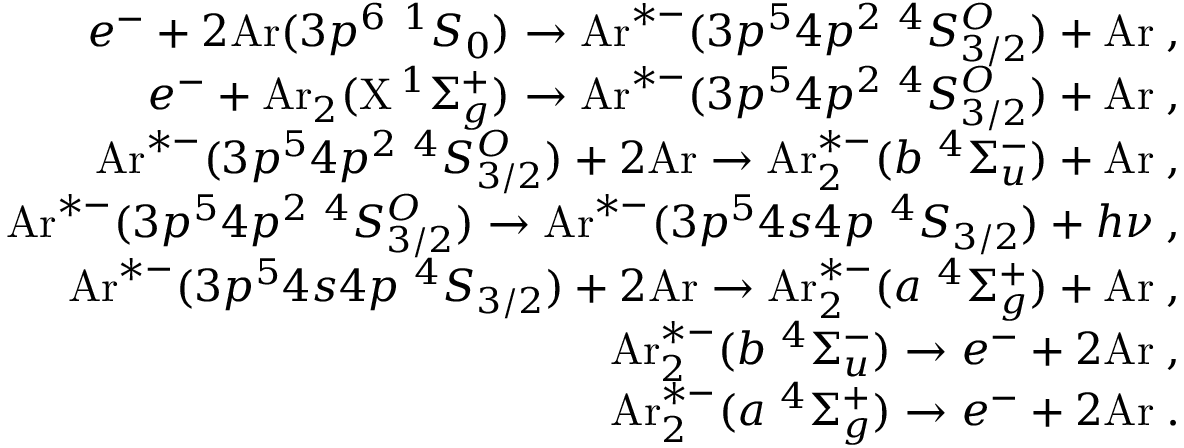
\begin{array} { r } { e ^ { - } + 2 \mathrm { A r } ( 3 p ^ { 6 } \ ^ { 1 } S _ { 0 } ) \rightarrow \mathrm { A r } ^ { * - } ( 3 p ^ { 5 } 4 p ^ { 2 } \ ^ { 4 } S _ { 3 / 2 } ^ { O } ) + \mathrm { A r } \; , } \\ { e ^ { - } + \mathrm { A r } _ { 2 } ( \mathrm { X } \, ^ { 1 } \Sigma _ { g } ^ { + } ) \rightarrow \mathrm { A r } ^ { * - } ( 3 p ^ { 5 } 4 p ^ { 2 } \ ^ { 4 } S _ { 3 / 2 } ^ { O } ) + \mathrm { A r } \; , } \\ { \mathrm { A r } ^ { * - } ( 3 p ^ { 5 } 4 p ^ { 2 } \ ^ { 4 } S _ { 3 / 2 } ^ { O } ) + 2 \mathrm { A r } \rightarrow \mathrm { A r } _ { 2 } ^ { * - } ( b \ ^ { 4 } \Sigma _ { u } ^ { - } ) + \mathrm { A r } \; , } \\ { \mathrm { A r } ^ { * - } ( 3 p ^ { 5 } 4 p ^ { 2 } \ ^ { 4 } S _ { 3 / 2 } ^ { O } ) \rightarrow \mathrm { A r } ^ { * - } ( 3 p ^ { 5 } 4 s 4 p \ ^ { 4 } S _ { 3 / 2 } ) + h \nu \; , } \\ { \mathrm { A r } ^ { * - } ( 3 p ^ { 5 } 4 s 4 p \ ^ { 4 } S _ { 3 / 2 } ) + 2 \mathrm { A r } \rightarrow \mathrm { A r } _ { 2 } ^ { * - } ( a \ ^ { 4 } \Sigma _ { g } ^ { + } ) + \mathrm { A r } \; , } \\ { \mathrm { A r } _ { 2 } ^ { * - } ( b \ ^ { 4 } \Sigma _ { u } ^ { - } ) \rightarrow e ^ { - } + 2 \mathrm { A r } \; , } \\ { \mathrm { A r } _ { 2 } ^ { * - } ( a \ ^ { 4 } \Sigma _ { g } ^ { + } ) \rightarrow e ^ { - } + 2 \mathrm { A r } \; . } \end{array}